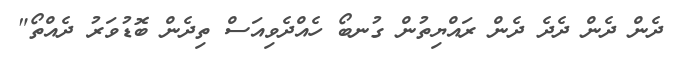
ދެން ދެން ދެދެ ދެން ރައްޔިތުން ގުނބޯ ހެއްދެވިއަސް ތިދެން ބޮޑުވަރު ދެއްތޯ"